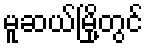
မူဆယ်မြို့တွင်